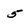
Character: 5